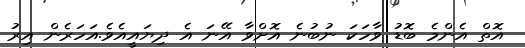
އޮތް އެންމެ ބޮޑު ވާހަކަ ނުބުނެ އޮށްވާ އޭނަ އެ ދިޔައީއެވެ.އަހަރެން އިރު